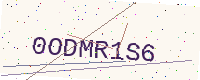
Text: 0ODMR1S6